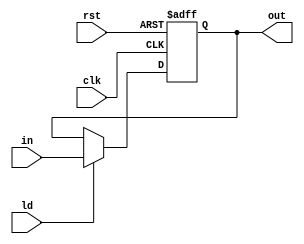

module register(clk, rst, ld, in, out);

	parameter WORD_LENGTH = 32;
	input clk, rst, ld;
	input[WORD_LENGTH-1 :0] in;
	output reg[WORD_LENGTH-1:0] out;

	always@(posedge clk, posedge rst) 
	begin
		if (rst) out <= 0;
		else if (ld) out <= in;
	end
	
endmodule


module status_register(input clk, rst, ld, input [3:0] data_in, output reg[3:0] data_out);

	always@(negedge clk, posedge rst) 
	begin
		if (rst) data_out <= 0;
		else if (ld) data_out <= data_in;
	end
	
endmodule


module flush_register(clk, rst, flush, ld, in, out);

	parameter WORD_LENGTH = 32;
	input clk, rst, flush, ld;
	input[WORD_LENGTH-1:0] in;
	output reg[WORD_LENGTH-1:0] out;

	always@(posedge clk, posedge rst) 
	begin
		if (rst) out <= 0;
		else if (ld && flush) out <= 0;
		else if (ld) out <= in;
	end
	
endmodule